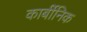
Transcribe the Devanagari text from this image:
कार्बीनिक